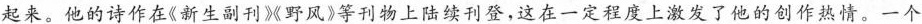
起来。他的诗作在《新生副刊》《野风》等刊物上陆续刊登，这在一定程度上激发了他的创作热情，一个